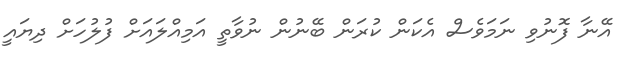
އޭނާ ފޮނުވި ނަމަވެސް އެކަން ކުރަން ބޭނުން ނުވާތީ އަމިއްލައަށް ފުލުހަށް ދިޔައީ